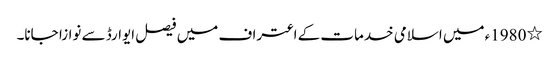
٭ 1980ء میں اسلامی خدمات کے اعتراف میں فیصل ایوارڈ سے نوازا جانا۔